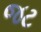
જટ